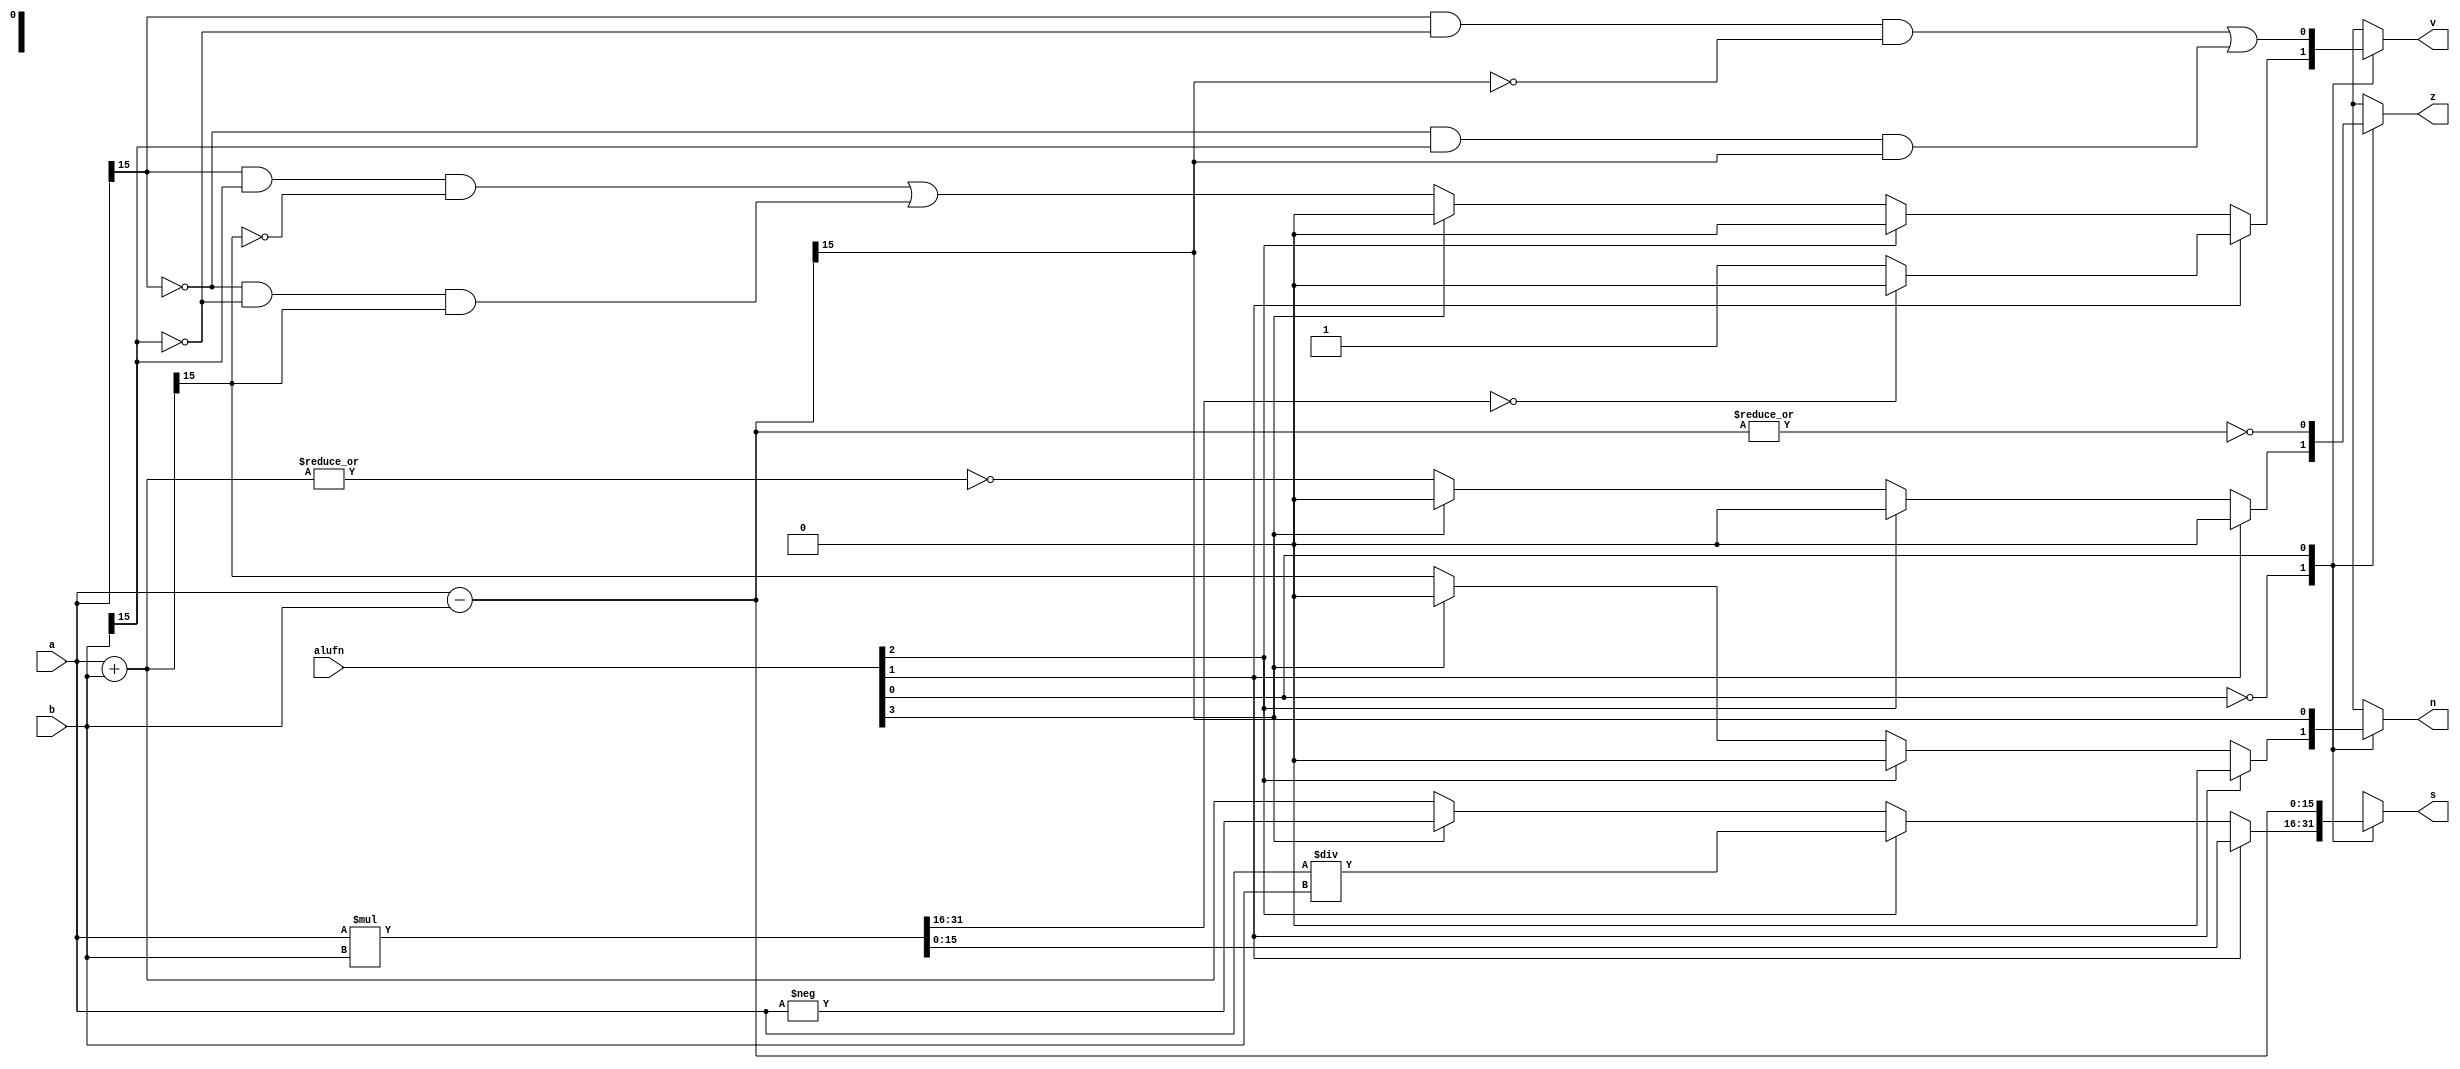
module fasixteen_6 (
    input [15:0] a,
    input [15:0] b,
    input [3:0] alufn,
    output reg z,
    output reg v,
    output reg n,
    output reg [15:0] s
  );
  
  
  
  reg [15:0] out;
  reg [31:0] mout;
  
  always @* begin
    
    case (alufn[0+0-:1])
      1'h0: begin
        z = 1'h0;
        v = 1'h0;
        n = 1'h0;
        if (alufn[1+0-:1]) begin
          mout = $signed(a) * $signed(b);
          out = mout[0+15-:16];
          if (mout[16+15-:16] == 16'h0000) begin
            v = 1'h0;
          end else begin
            v = 1'h1;
          end
        end else begin
          if (alufn[2+0-:1]) begin
            out = $signed(a) / $signed(b);
          end else begin
            if (alufn[3+0-:1]) begin
              out = -$signed(a);
            end else begin
              out = a + b;
              z = (~|out);
              v = (((a[15+0-:1]) & (b[15+0-:1]) & (~out[15+0-:1])) | ((~a[15+0-:1]) & (~b[15+0-:1]) & (out[15+0-:1])));
              n = out[15+0-:1];
            end
          end
        end
      end
      1'h1: begin
        out = a - b;
        z = (~|out);
        v = (((a[15+0-:1]) & (~b[15+0-:1]) & (~out[15+0-:1])) | ((~a[15+0-:1]) & (b[15+0-:1]) & (out[15+0-:1])));
        n = out[15+0-:1];
      end
      default: begin
        out = 16'h0000;
        z = 1'h0;
        v = 1'h0;
        n = 1'h0;
      end
    endcase
    s = out[0+15-:16];
  end
endmodule